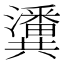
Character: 𤄤